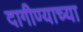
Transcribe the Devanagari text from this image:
दागीण्याच्या